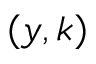
( y , k )